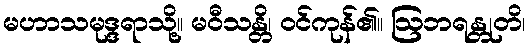
မဟာသမုဒ္ဒရာသို့။ မဝီသန္တိ၊ ဝင်ကုန်၏။ ဩဘရန္တုတိ၊